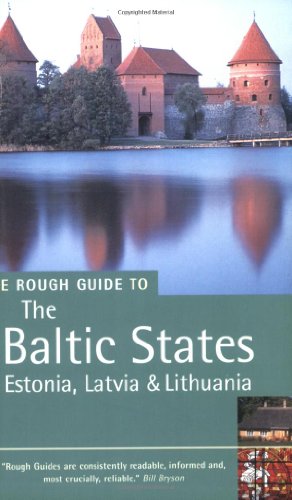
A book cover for The Rough Guide to The Baltic States (Rough Guide Travel Guides); Jonathan Bousfield; Travel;